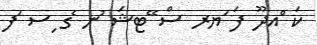
ކަ ްއދޫ ފަ ަޔރ ސް ޭޓޝަ ުނ ެގ ިސ ަފ